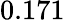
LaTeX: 0.171